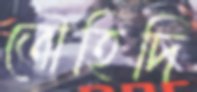
তৌহিদি